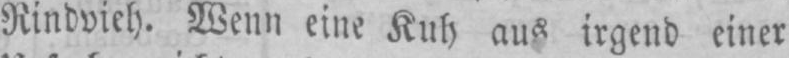
Rindvieh. Wenn eine Kuh aus irgend einer